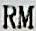
RM